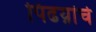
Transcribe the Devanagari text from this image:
पिढय़ांचे